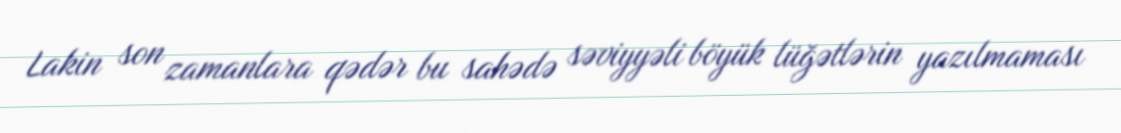
Lakin son zamanlara qədər bu sahədə səviyyəli böyük lüğətlərin yazılmaması